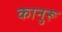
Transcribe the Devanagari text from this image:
कानुरू